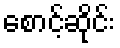
စောင့်ဆိုင်း